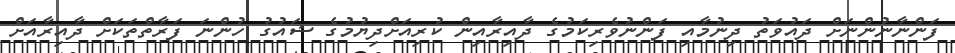
ފަންނާނުންނަށް ދައުވަތު ދިނުމާއި ފަންނުވެރިކަމުގެ ދާއިރާއިން ކުރިއަށްދިޔުމުގެ ޝައުގު ހުންނަ ފަރާތްތަކަށް ދާއިރާއަށް